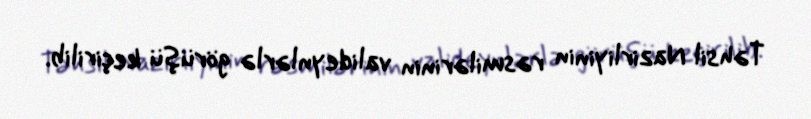
Təhsil Nazirliyinin rəsmilərinin valideynlərlə görüşü keçirilib.